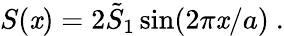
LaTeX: S(\mathit{x})=2\tilde{{S}}_{1}\sin(2\pi\mathit{x}/a)\ .